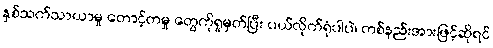
နှစ်သက်သာယာမှု တောင့်တမှု တွေကိုရှုမှတ်ပြီး ပယ်လိုက်ရုံပါပဲ၊ တစ်နည်းအားဖြင့်ဆိုရင်